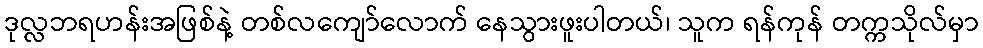
ဒုလ္လဘရဟန်းအဖြစ်နဲ့ တစ်လကျော်လောက် နေသွားဖူးပါတယ်၊ သူက ရန်ကုန် တက္ကသိုလ်မှာ